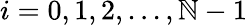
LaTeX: i=0,1,2,...,\mathbb{N}-1